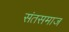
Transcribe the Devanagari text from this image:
संतसमाज